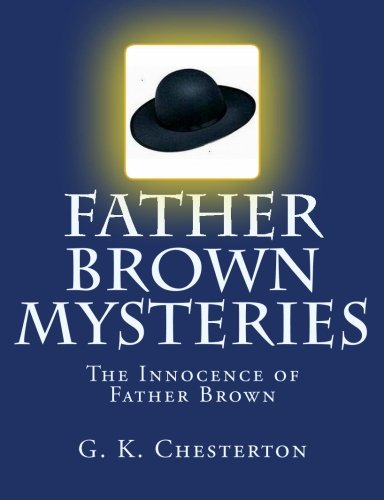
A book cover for Father Brown Mysteries The Innocence of Father Brown [Large Print Edition]: The Complete & Unabridged Original Classic; G. K. Chesterton; Mystery, Thriller & Suspense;